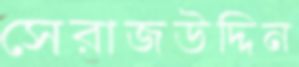
সেরাজউদ্দিন